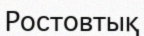
Ростовтық